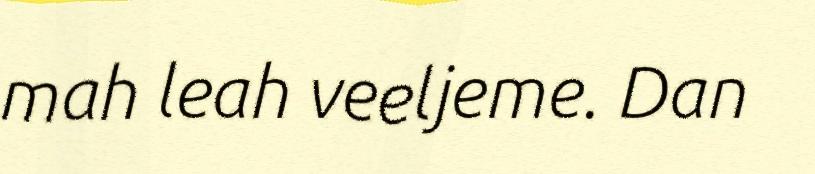
mah leah veeljeme. Dan